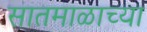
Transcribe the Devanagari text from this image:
सातमाळाच्या